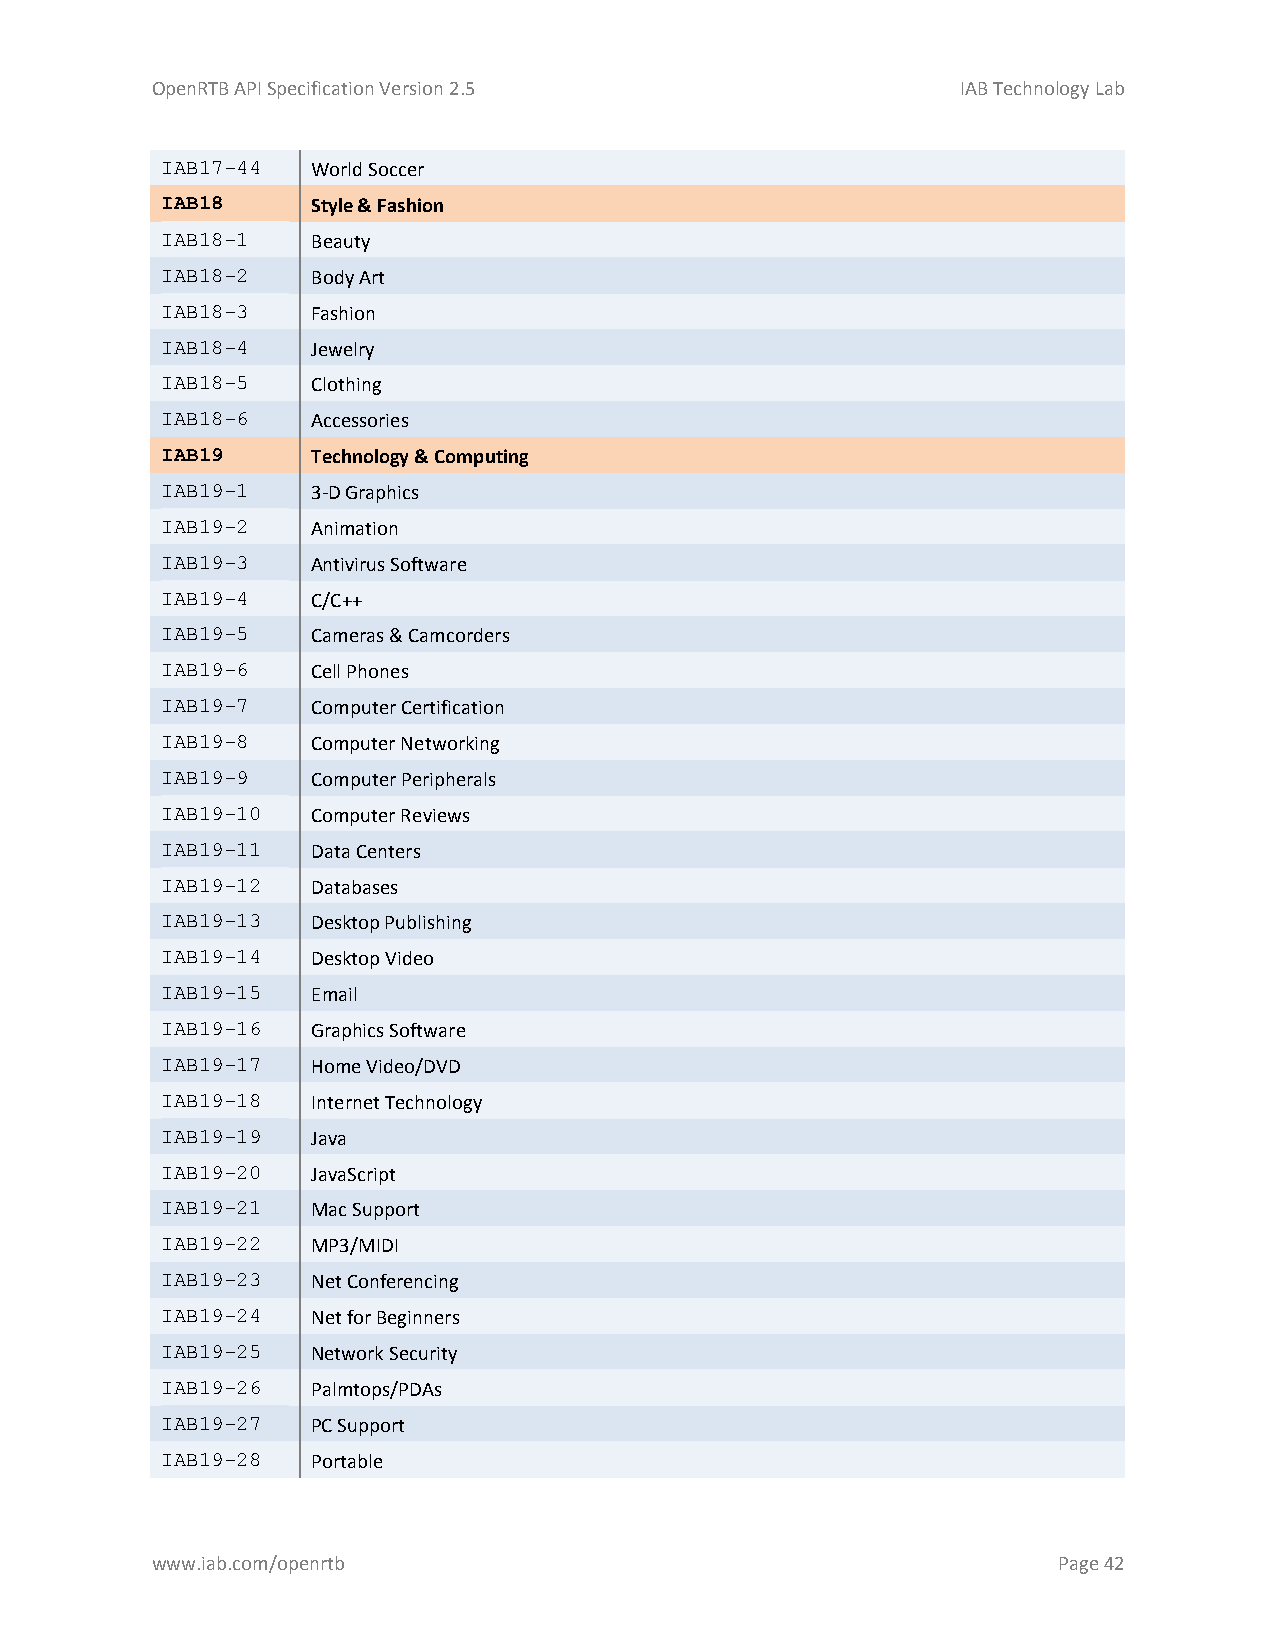
OpenRTB API Specification Version 2.5                 IAB Technology Lab
 IAB17-44  World Soccer
 IAB18     Style & Fashion
 IAB18-1   Beauty
 IAB18-2   Body Art
 IAB18-3   Fashion
 IAB18-4   Jewelry
 IAB18-5   Clothing
 IAB18-6   Accessories
 IAB19     Technology & Computing
 IAB19-1   3-D Graphics
 IAB19-2   Animation
 IAB19-3   Antivirus Software
 IAB19-4   C/C++
 IAB19-5   Cameras & Camcorders
 IAB19-6   Cell Phones
 IAB19-7   Computer Certification
 IAB19-8   Computer Networking
 IAB19-9   Computer Peripherals
 IAB19-10  Computer Reviews
 IAB19-11  Data Centers
 IAB19-12  Databases
 IAB19-13  Desktop Publishing
 IAB19-14  Desktop Video
 IAB19-15  Email
 IAB19-16  Graphics Software
 IAB19-17  Home Video/DVD
 IAB19-18  Internet Technology
 IAB19-19  Java
 IAB19-20  JavaScript
 IAB19-21  Mac Support
 IAB19-22  MP3/MIDI
 IAB19-23  Net Conferencing
 IAB19-24  Net for Beginners
 IAB19-25  Network Security
 IAB19-26  Palmtops/PDAs
 IAB19-27  PC Support
 IAB19-28  Portable
 www.iab.com/openrtb                                         Page 42